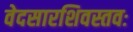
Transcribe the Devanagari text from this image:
वेदसारशिवस्तवः